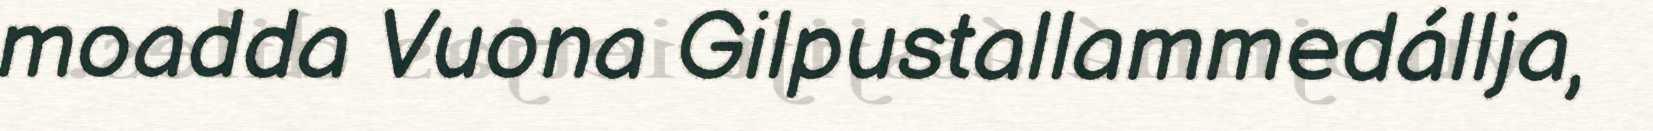
moadda Vuona Gilpustallammedállja,